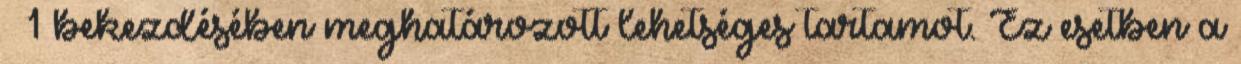
§ 1 bekezdésében meghatározott lehetséges tartamot. Ez esetben a